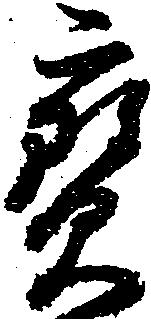
宝